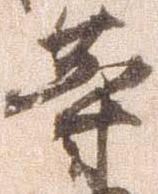
等